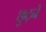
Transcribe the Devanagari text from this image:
छुट्ने